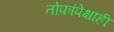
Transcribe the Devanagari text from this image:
तोफांपेक्षाही